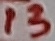
Text: 13